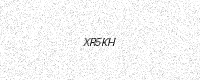
Text: XR5KH